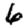
Digit: 6